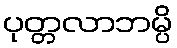
ပုတ္တလာဘမ္ပိ